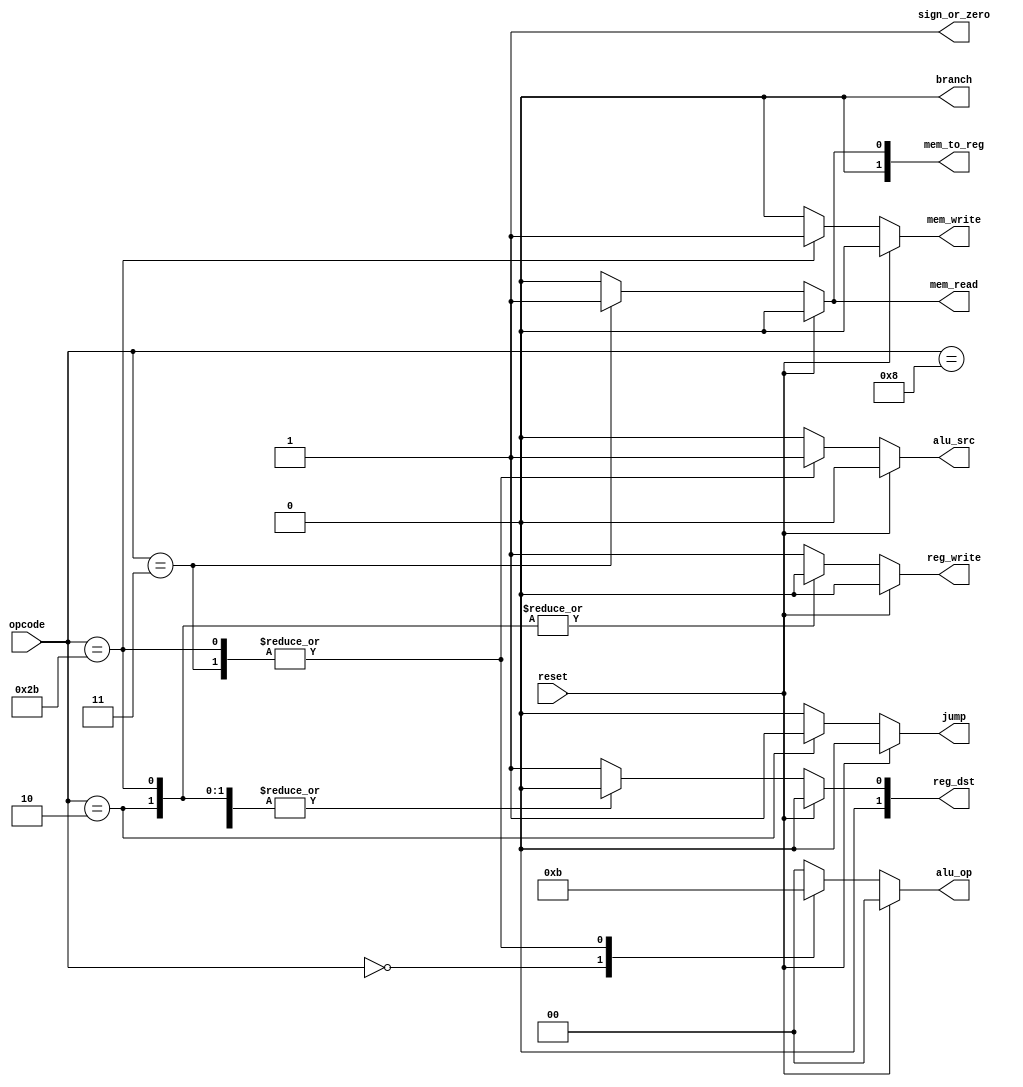
module control
(
    input[5:0] opcode,
    input reset,
    output reg[1:0] reg_dst, mem_to_reg, alu_op,
    output reg jump, branch, mem_read, mem_write, alu_src, reg_write, sign_or_zero

);
always@(*)
begin
    if(reset==1'b1) begin
        reg_dst=2'b00;
        mem_to_reg=2'b00;
        alu_op=2'b00;
        jump=1'b0;
        branch=1'b0;
        mem_read=1'b0;
        mem_write=1'b0;
        alu_src=1'b0;
        reg_write=1'b0;
        sign_or_zero=1'b1;
    end
    else begin
        case(opcode)
        6'b000000://add, sub, slt, and, or
            begin
                reg_dst = 2'b01;
                mem_to_reg=2'b00;
                alu_op=2'b10;
                jump=1'b0;
                branch=1'b0;
                mem_read=1'b0;
                mem_write=1'b0;
                alu_src =1'b0;
                reg_write=1'b1;
                sign_or_zero=1'b1;
            end
        6'b000010:
            begin//j
                reg_dst=2'b00;
                mem_to_reg=2'b00;
                alu_op=2'b00;
                jump=1'b1;
                branch=1'b0;
                mem_read=1'b0;
                mem_write=1'b0;
                alu_src=1'b0;
                reg_write=1'b0;
                sign_or_zero=1'b1;
            end
        4'b100011: 
            begin//lw
                reg_dst=2'b00;
                mem_to_reg=2'b01;
                alu_op=2'b11;
                jump=1'b0;
                branch=1'b0;
                mem_read=1'b1;
                mem_write=1'b0;
                alu_src=1'b1;
                reg_write=1'b1;
                sign_or_zero=1'b1;
            end
        6'b101011: 
            begin//sw
                reg_dst=2'b00;
                mem_to_reg=2'b00;
                alu_op=2'b11;
                jump=1'b0;
                branch=1'b0;
                mem_read=1'b0;
                mem_write=1'b1;
                alu_src=1'b1;
                reg_write=1'b0;
                sign_or_zero=1'b1;
            end
        6'b001000: 
            begin//addi
                reg_dst=2'b00;
                mem_to_reg=2'b00;
                alu_op=2'b00;
                jump=1'b0;
                branch=1'b0;
                mem_read=1'b0;
                mem_write=1'b0;
                alu_src=1'b0;
                reg_write=1'b1;
                sign_or_zero=1'b1;
            end
        default: 
            begin
                reg_dst=2'b01;
                mem_to_reg=2'b00;
                alu_op=2'b00;
                jump=1'b0;
                branch=1'b0;
                mem_read=1'b0;
                mem_write=1'b0;
                alu_src=1'b0;
                reg_write=1'b1;
                sign_or_zero=1'b1;
            end
        endcase
    end
end
endmodule